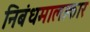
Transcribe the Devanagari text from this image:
निबंधमालाकार